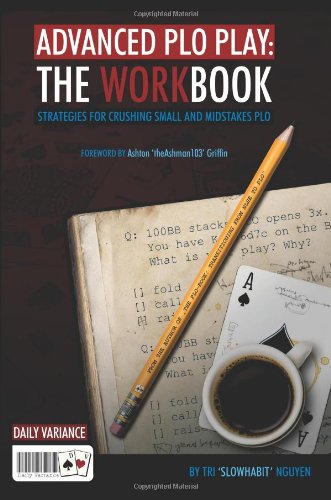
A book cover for Advanced PLO Play: The Workbook: Strategies for crushing micro and mid-stakes PLO; Tri "SlowHabit" Nguyen; Humor & Entertainment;